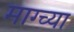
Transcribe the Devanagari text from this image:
माग्च्या